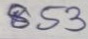
853